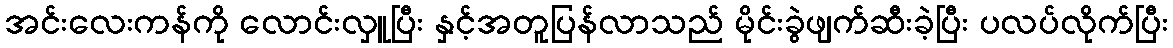
အင်းလေးကန်ကို လောင်းလှူပြီး နှင့်အတူပြန်လာသည် မိုင်းခွဲဖျက်ဆီးခဲ့ပြီး ပလပ်လိုက်ပြီး